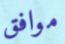
موافق